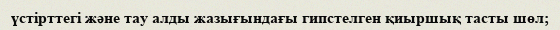
үстірттегі және тау алды жазығындағы гипстелген қиыршық тасты шөл;